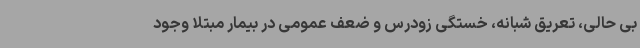
بی حالی، تعریق شبانه، خستگی زودرس و ضعف عمومی در بیمار مبتلا وجود